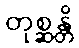
တုစ္ဆန္တိ